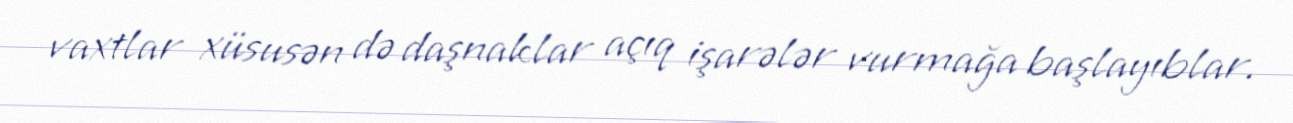
vaxtlar xüsusən də daşnaklar açıq işarələr vurmağa başlayıblar.